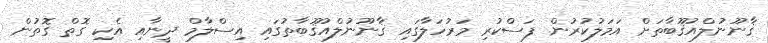
ޤާނޫނުލްއުޤޫބާތަށް އަމަލުކުރުން ފަސްކުރި މަރުހަލާގައި ޤާނޫނުލްއުޤޫބާތުގައި އިސްލާމް ދީނާއި އެކި ގޮތް ގޮތުން